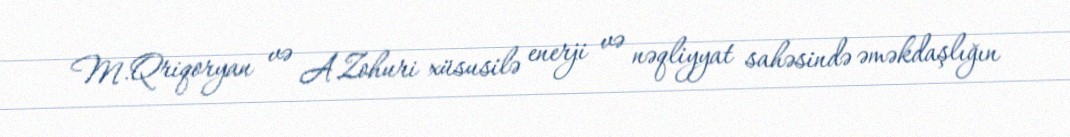
M.Qriqoryan və A.Zohuri xüsusilə enerji və nəqliyyat sahəsində əməkdaşlığın